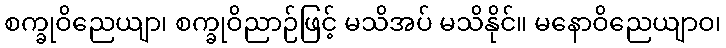
စက္ခုဝိညေယျာ၊ စက္ခုဝိညာဉ်ဖြင့် မသိအပ် မသိနိုင်။ မနောဝိညေယျာဝ၊